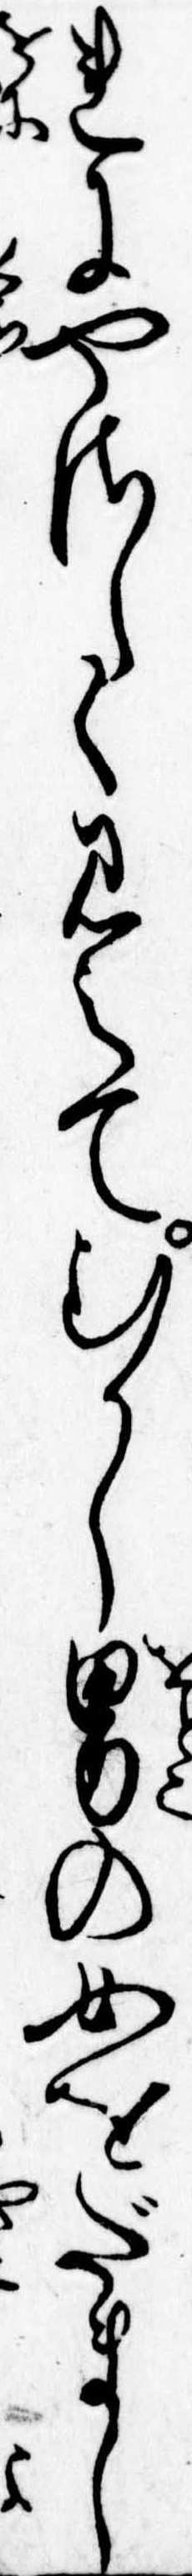
れにやさしく見えてむかし男の女をだまし